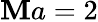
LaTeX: \mathbf{M}a=2